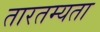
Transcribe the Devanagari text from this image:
तारतम्‍यता